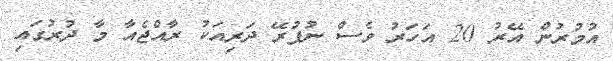
އުމުރުން އޭރު 20 އަހަރު ވެސް ނުފުރޭ ދަރިއަކު ރާއްޖެއާ މާ ދުރުގައި